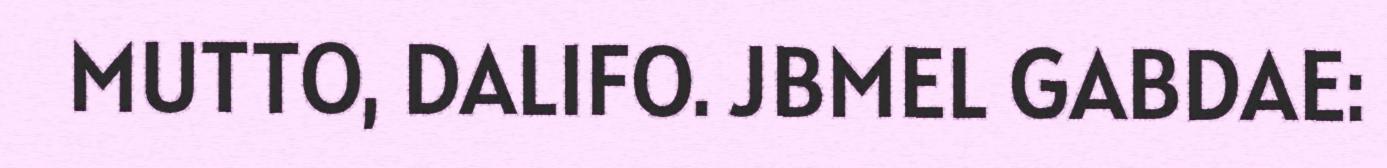
MUTTO, DALIFO. JBMEL GABDAE: